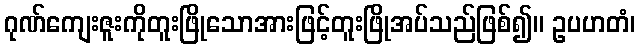
ဂုဏ်ကျေးဇူးကိုတူးဖြိုသောအားဖြင့်တူးဖြိုအပ်သည်ဖြစ်၍။ ဥပဟတံ၊